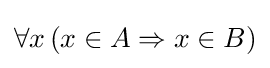
\forall x\left(x\in A\Rightarrow x\in B\right)